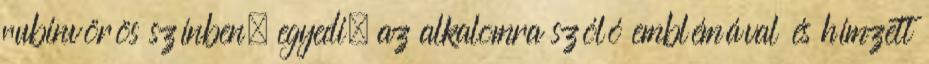
rubinvörös színben, egyedi, az alkalomra szóló emblémával és hímzett